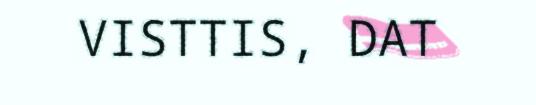
VISTTIS, DAT